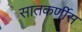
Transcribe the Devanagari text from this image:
सातकर्णीस